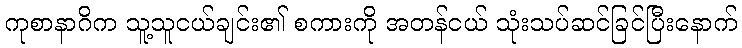
ကုစာနာဂိက သူ့သူငယ်ချင်း၏ စကားကို အတန်ငယ် သုံးသပ်ဆင်ခြင်ပြီးနောက်